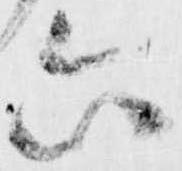
六